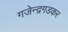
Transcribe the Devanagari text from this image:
गजेन्द्रगडकर